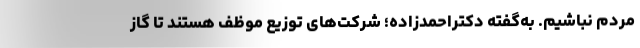
مردم نباشیم. به‌گفته دکتراحمدزاده؛ شرکت‌های توزیع موظف هستند تا گاز